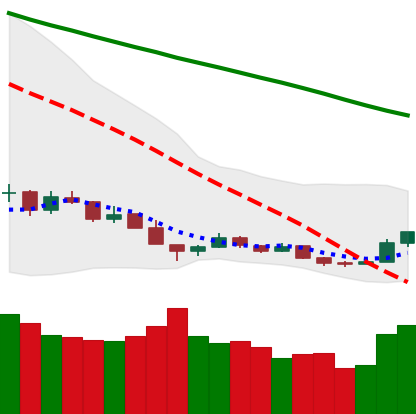
Ticker: BTC-USD
Chart end date: 2018-12-18
Forward return: 8.196%
Label: up_7plus